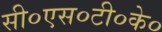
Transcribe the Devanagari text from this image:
सी०एस०टी०के०